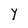
Character: Y